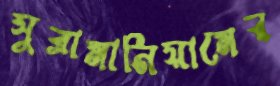
সুব্রামানিয়ামের